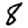
Digit: 8